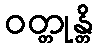
ဝတ္တုန္တိ